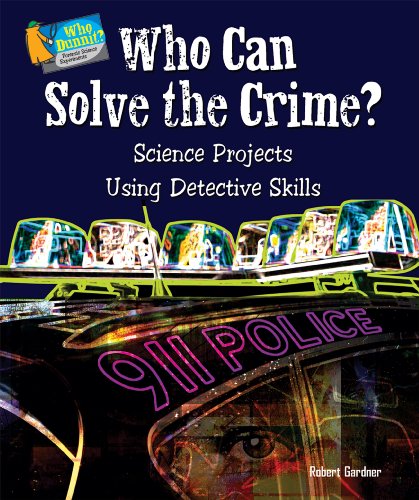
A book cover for Who Can Solve the Crime?: Science Projects Using Detective Skills (Who Dunnit? Forensic Science Experiments); Robert Gardner; Children's Books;